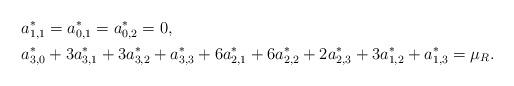
LaTeX: \begin{align*}&a^*_{1,1}=a^*_{0,1}=a^*_{0,2}=0,\\&a^*_{3,0}+3a^*_{3,1}+3a^*_{3,2}+a^*_{3,3}+6a^*_{2,1}+6a^*_{2,2}+2a^*_{2,3}+3a^*_{1,2}+a^*_{1,3}=\mu_R.\end{align*}